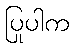
ပြုပါက